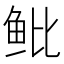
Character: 𱇒